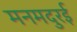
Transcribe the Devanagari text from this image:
मनमदुरई